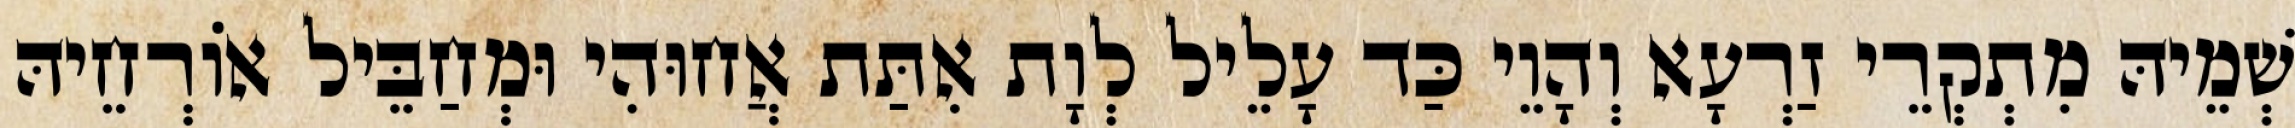
שְׁמֵיהּ מִתְקְרֵי זַרְעָא וְהָוֵי כַּד עָלֵיל לְוָת אִתַּת אֲחוּהִי וּמְחַבֵּיל אוֹרְחֵיהּ